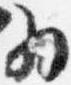
為